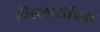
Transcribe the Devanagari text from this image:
विल्लार्सौक्स